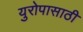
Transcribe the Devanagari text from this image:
युरोपासाठी